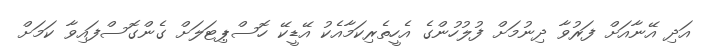
އަދި އޭނާއަށް ފަރުވާ ދިނުމަށް ފުލުހުންގެ އެހީތެރިކަމާއެކު އޭޑީކޭ ހޮސްޕިޓަލަށް ގެންގޮސްފައިވާ ކަމަށް